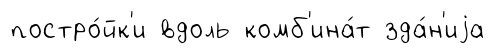
постро́йк'и вдоль комб'ина́т зда́н'иjа